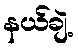
နယ်ချဲ့